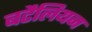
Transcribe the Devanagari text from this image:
बटैलियन